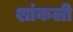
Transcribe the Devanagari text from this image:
शांकली